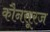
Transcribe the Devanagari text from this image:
कौनसूरज